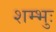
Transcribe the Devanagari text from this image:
शम्भुः